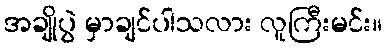
အချိုပွဲ မှာချင်ပါသလား လူကြီးမင်း။